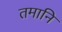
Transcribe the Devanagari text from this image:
तमानि